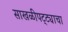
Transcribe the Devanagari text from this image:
साखळीपट्ट्याचा